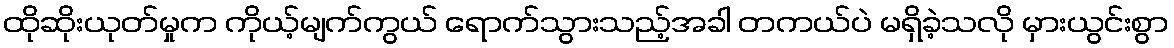
ထိုဆိုးယုတ်မှုက ကိုယ့်မျက်ကွယ် ရောက်သွားသည့်အခါ တကယ်ပဲ မရှိခဲ့သလို မှားယွင်းစွာ